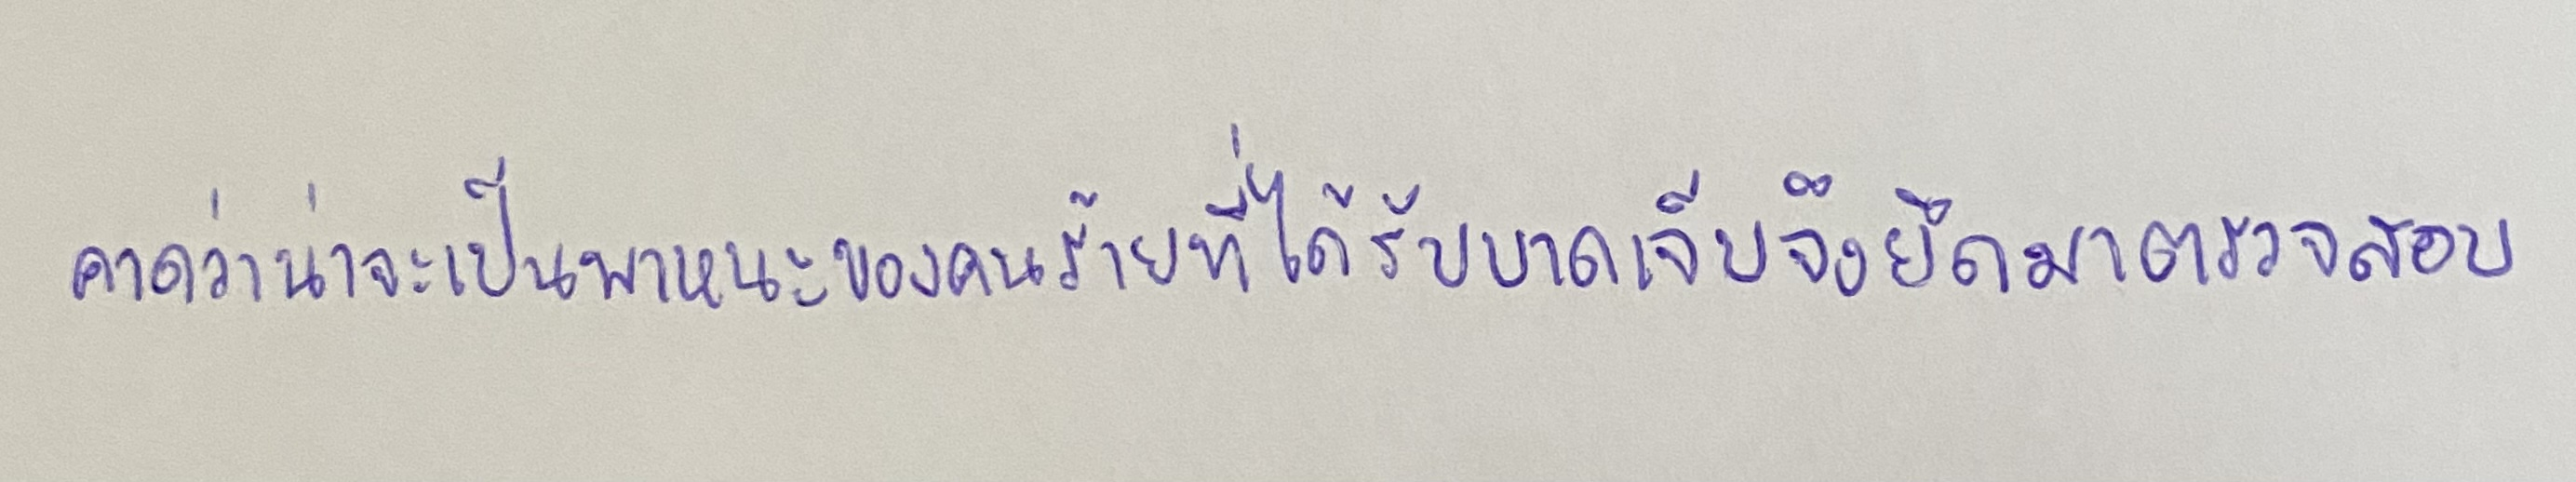
คาดว่าน่าจะเป็นพาหนะของคนร้ายที่ได้รับบาดเจ็บจึงยึดมาตรวจสอบ